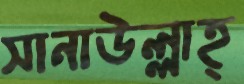
সানাউল্লাহ্